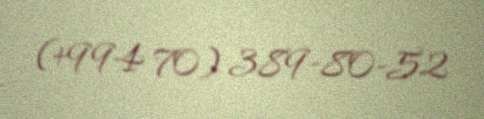
(+994 70) 389-80-52